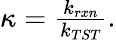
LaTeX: \begin{array}{r}{\kappa=\frac{k_{rxn}}{k_{TST}}.}\end{array}